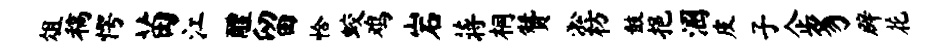
俎稿愕苗江醴留恰蛟鸡岩蒋桐赞淞枋鼓挹溷皮子企豸辟花